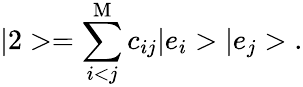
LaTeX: |2>=\sum_{i<j}^{\mathrm{M}}c_{ij}|e_{i}>|e_{j}>\; .